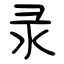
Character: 录